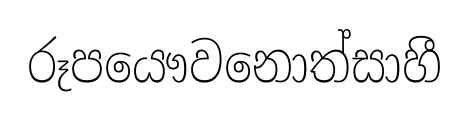
රූපයෞවනොත්සාහී